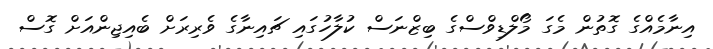
އިނާމެއްގެ ގޮތުން މެގަ މޯލްޑިވްސްގެ ބިޒްނަސް ކުލާހުގައި ޗައިނާގެ ވެރިރަށް ބެއިޖިންއަށް ގޮސް